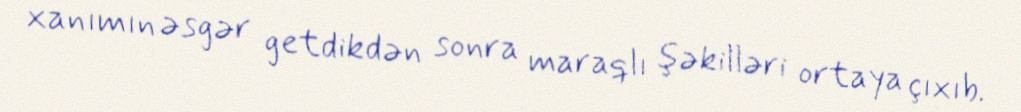
xanımın əsgər getdikdən sonra maraqlı şəkilləri ortaya çıxıb.